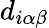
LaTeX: d_{i\alpha\beta}